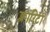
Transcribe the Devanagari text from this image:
क्लारिटा